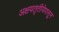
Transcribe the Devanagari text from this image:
अक्षयतृतीयेपासून